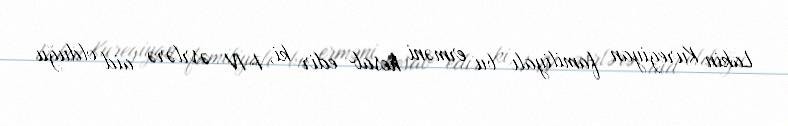
Lakin Kuregiyan familiyalı bu erməni hesab edir ki, I-IV əsrlərə aid olduğu